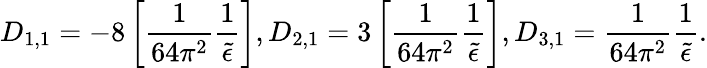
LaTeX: D_{1,1}=-8\left[\frac{1}{64\pi^{2}}\frac{1}{\widetilde\epsilon}\right],D_{2,1}=3\left[\frac{1}{64\pi^{2}}\frac{1}{\widetilde\epsilon}\right],D_{3,1}=\frac{1}{64\pi^{2}}\frac{1}{\widetilde\epsilon}.